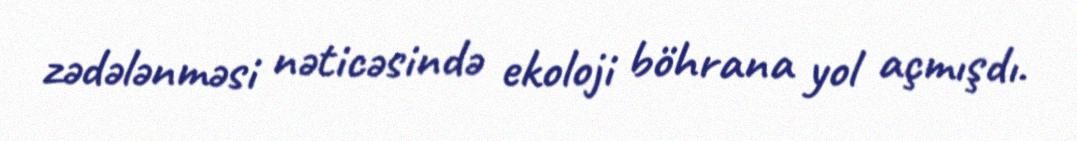
zədələnməsi nəticəsində ekoloji böhrana yol açmışdı.